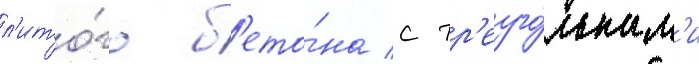
л'ито́го б'ето́на с тр'еуго́льным'и